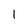
Character: 1